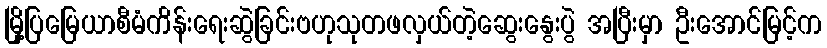
မြို့ပြမြေယာစီမံကိန်းရေးဆွဲခြင်းဗဟုသုတဖလှယ်တဲ့ဆွေးနွေးပွဲ အပြီးမှာ ဦးအောင်မြင့်က